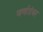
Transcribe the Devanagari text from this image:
वर्णाडंबर